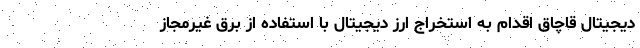
دیجیتال قاچاق اقدام به استخراج ارز دیجیتال با استفاده از برق غیرمجاز